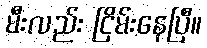
မီးလည်း ငြိမ်းနေပြီ။